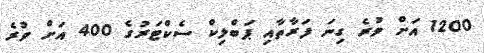
1200 އަށް ވުރެ ގިނަ ފަރާތާއި ޕަބްލިކް ސެކްޓަރުގެ 400 އަށް ވުރެ